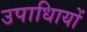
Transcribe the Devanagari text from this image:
उपाधिायों